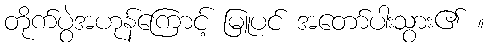
တိုက်ပွဲအဟုန်ကြောင့် မြူပင် အတော်ပါးသွား၏ ။